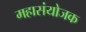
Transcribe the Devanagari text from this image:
महासंयोजक